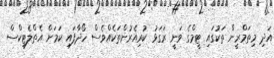
އަދި މިތަމްރީން ތަކުގައި ޓީމްގެ ވަނީ ރަގަޅު ކުރިއެރުންތަކެއްވެސް ހޯދާފައި ކަމަށް އެތްލެޓިކްސް